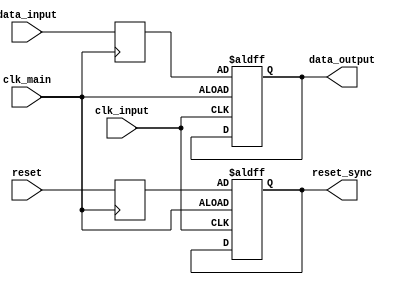
module synchronizer (
    input wire clk_main,
    input wire clk_input,
    input wire reset,
    input wire data_input,
    output reg data_output,
    output reg reset_sync
);

reg data_sync;
reg reset_sync_internal;

always @(posedge clk_main) begin
    data_sync <= data_input;
    reset_sync_internal <= reset;
end

always @(posedge clk_input or posedge clk_main) begin
    if (clk_main) begin
        data_output <= data_sync;
        reset_sync <= reset_sync_internal;
    end
end

endmodule